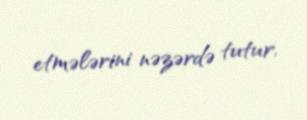
etmələrini nəzərdə tutur.